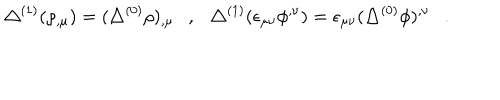
\triangle ^ { ( 1 ) } ( \rho _ { , \mu } ) = ( \triangle ^ { ( 0 ) } \rho ) _ { , \mu } , \triangle ^ { ( 1 ) } ( \epsilon _ { \mu \nu } \phi ^ { , \nu } ) = \epsilon _ { \mu \nu } ( \triangle ^ { ( 0 ) } \phi ) ^ { , \nu } .